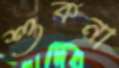
শুকনা